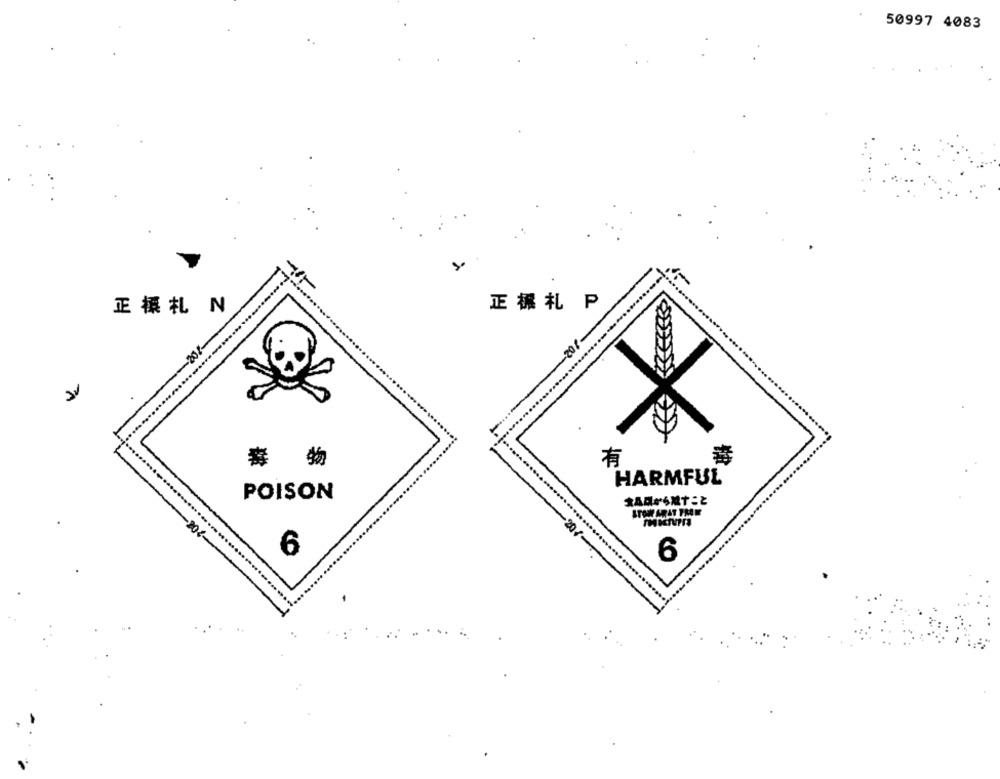
50997 4083
正標札 N
正標札 P
202
毒 物
有
HARMFUL
POISON
STOR ARAT FROM
20.
6
6